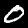
Label: 0